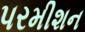
પરમીશન